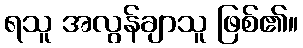
ရသူ အလွန်ချာသူ ဖြစ်၏။